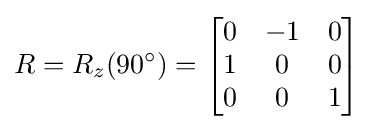
R=R_{z}(90^{\circ })={\begin{bmatrix}0&-1&0\\1&0&0\\0&0&1\end{bmatrix}}